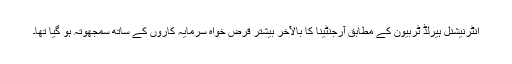
انٹرنیشنل ہیرلڈ ٹربیون کے مطابق آرجنٹینا کا بالآخر بیشتر قرض خواہ سرمایہ کاروں کے ساتھ سمجھوتہ ہو گیا تھا۔